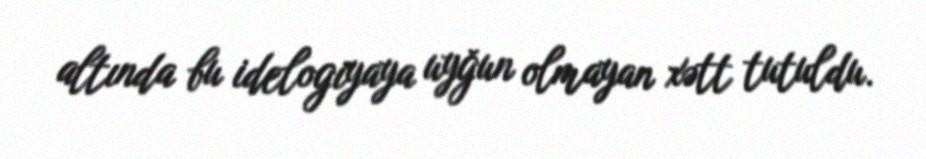
altında bu idelogiyaya uyğun olmayan xətt tutuldu.